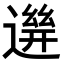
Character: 𨕧